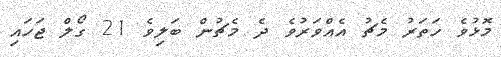
މޮޅުވެ ހަތަރު މެޗު އެއްވަރުވެ ދެ މެޗުން ބަލިވެ 21 ގޯލް ޖަހައި